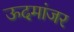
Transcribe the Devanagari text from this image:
ऊदमांजर